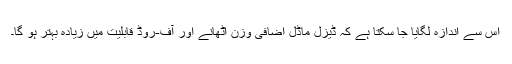
اس سے اندازہ لگایا جا سکتا ہے کہ ڈیزل ماڈل اضافی وزن اٹھانے اور آف-روڈ قابلیت میں زیادہ بہتر ہو گا۔